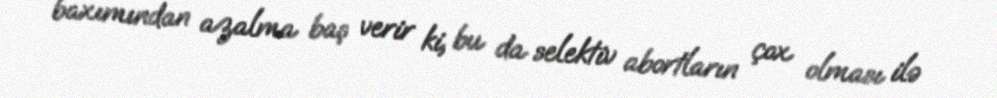
baxımından azalma baş verir ki, bu da selektiv abortların çox olması ilə